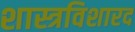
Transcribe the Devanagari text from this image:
शास्त्रविशारद